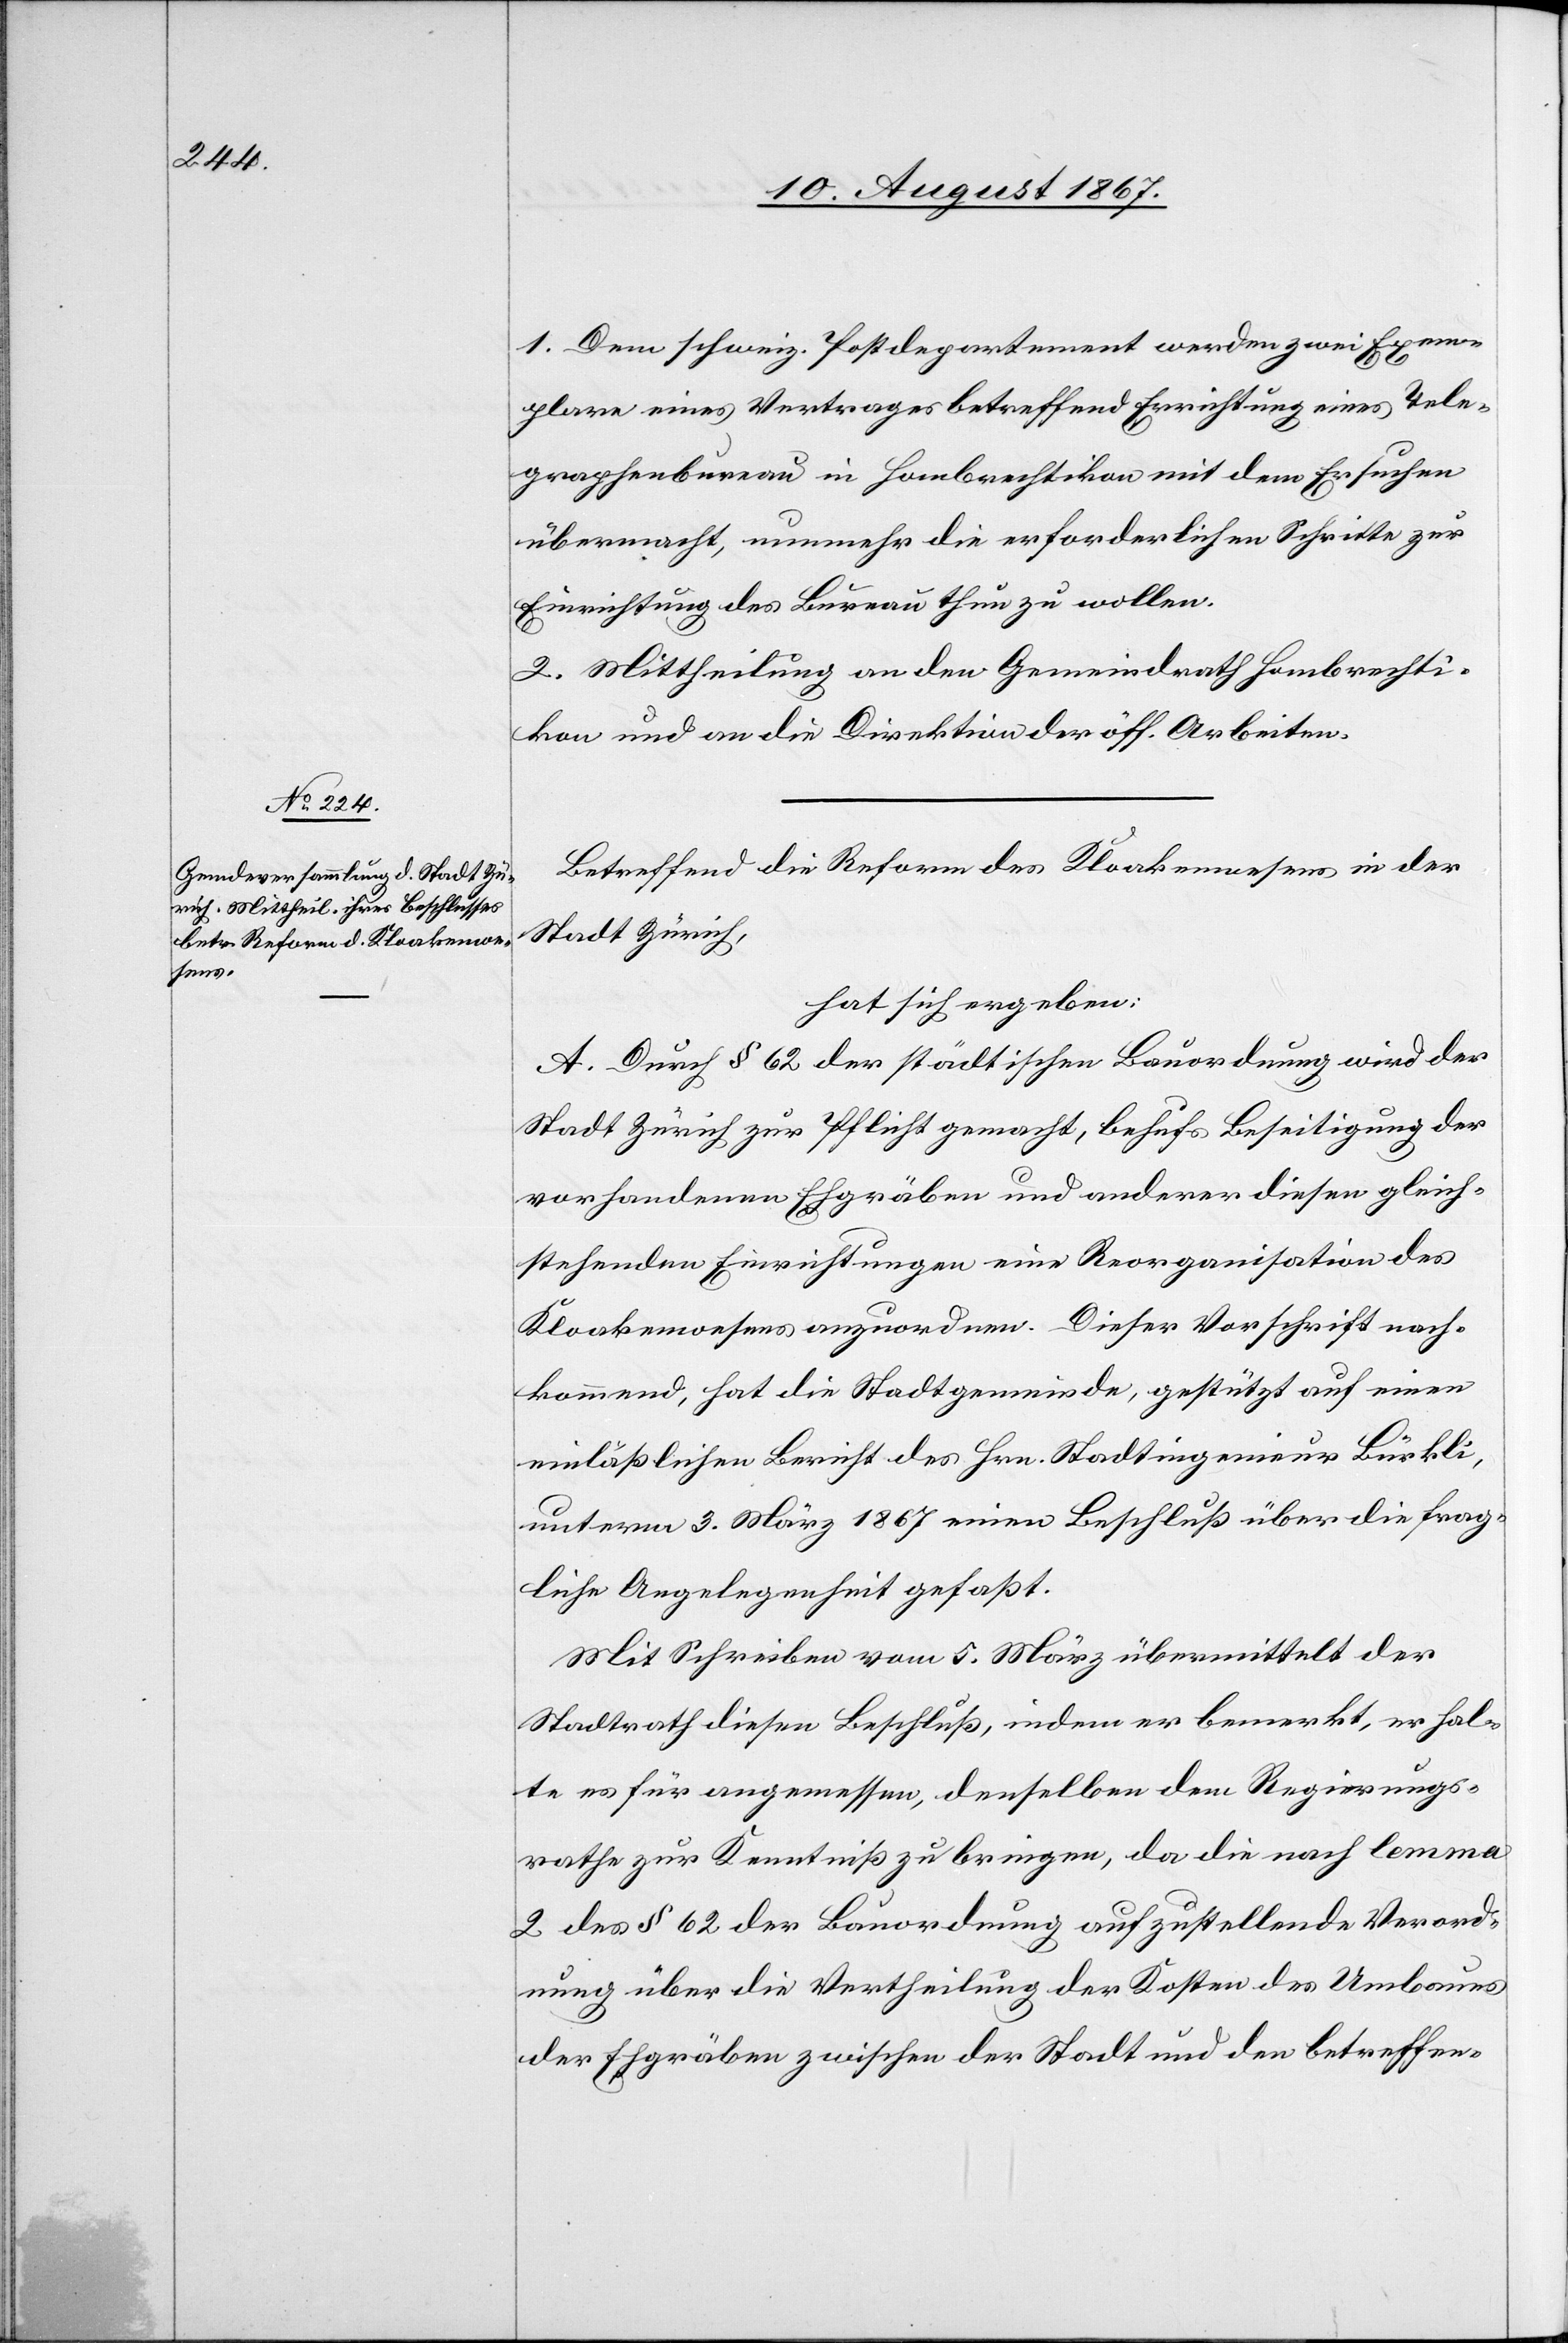
1. Dem schweiz. Postdepartement werden zwei Exem¬
plare eines Vertrages betreffend Errichtung eines Tele¬
graphenbureau in Hombrechtikon mit dem Ersuchen
übermacht, nunmehr die erforderlichen Schritte zur
Einrichtung des Bureau thun zu wollen.
2. Mittheilung an den Gemeindrath Hombrechti¬
kon und an die Direktion der öff. Arbeiten.
Betreffend die Reform des Kloakenwesens in der
Stadt Zürich,
hat sich ergeben:
A. Durch § 62 der städtischen Bauordnung wird der
Stadt Zürich zur Pflicht gemacht, behufs Beseitigung der
Kloakenwesens anzuordnen. Dieser Vorschrift nach¬
kommend, hat die Stadtgemeinde, gestützt auf einen
einläßlichen Bericht des Hrn. Stadtingenieurs Bürkli,
unterm 3. März 1867 einen Beschluß über die frag¬
liche Angelegenheit gefaßt.
Mit Schreiben vom 5. März übermittelt der
Stadtrath diesen Beschluß, indem er bemerkt, er hal¬
te es für angemessen, denselben dem Regierungs¬
rath zur Kenntniß zu bringen, da die nach lemma
2 des § 62 der Bauordnung aufzustellende Verord¬
nung über die Vertheilung der Kosten des Umbaues
der Ehgräben zwischen der Stadt und den betreffen-